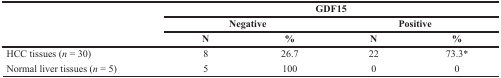
| <ROWSPAN=3>  | <COLSPAN=4> GDF15 |
 | <COLSPAN=2> Negative | <COLSPAN=2> Positive |
 | N | % | N | % |
 | --- | --- | --- | --- | --- |
 | HCC tissues (n = 30) | 8 | 26.7 | 22 | 73.3* |
 | Normal liver tissues (n = 5) | 5 | 100 | 0 | 0 |